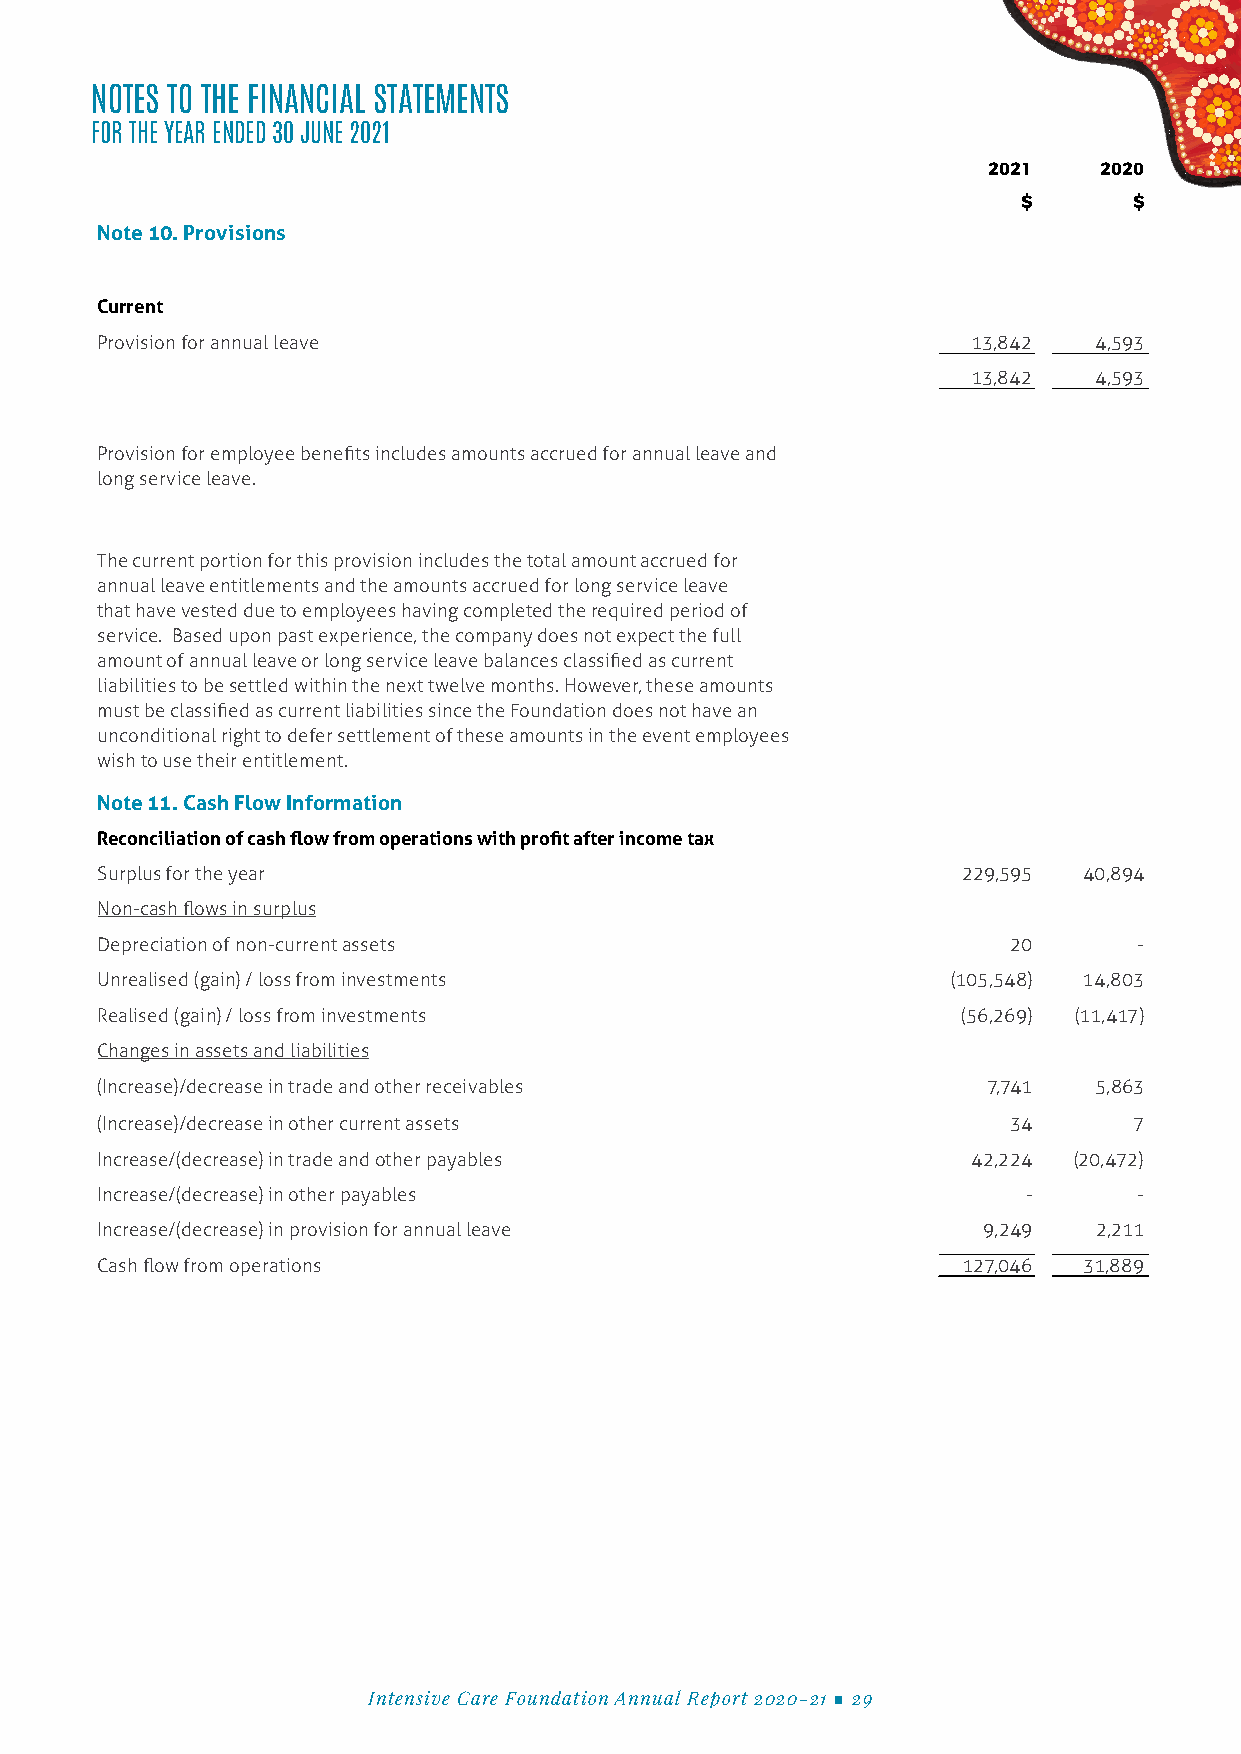
NOTES TO THE FINANCIAL STATEMENTS NOTES TO THE FINANCIAL STATEMENTS
 FOR THE YEAR ENDED 30 JUNE 2021 FOR THE YEAR ENDED 30 JUNE 2021
 2021    2020
 $      $
 Note 10. Provisions
 Current
 Provision for annual leave                                13,842  4,593
 13,842  4,593
 Provision for employee benefits includes amounts accrued for annual leave and
 long service leave.
 The current portion for this provision includes the total amount accrued for
 annual leave entitlements and the amounts accrued for long service leave
 that have vested due to employees having completed the required period of
 service. Based upon past experience, the company does not expect the full
 amount of annual leave or long service leave balances classified as current
 liabilities to be settled within the next twelve months. However, these amounts
 must be classified as current liabilities since the Foundation does not have an
 unconditional right to defer settlement of these amounts in the event employees
 wish to use their entitlement.
 Note 11. Cash Flow Information
 Reconciliation of cash flow from operations with profit after income tax
 Surplus for the year                                      229,595 40,894
 Non-cash flows in surplus
 Depreciation of non-current assets                           20      -
 Unrealised (gain) / loss from investments                (105,548) 14,803
 Realised (gain) / loss from investments                   (56,269) (11,417)
 Changes in assets and liabilities
 (Increase)/decrease in trade and other receivables         7,741  5,863
 (Increase)/decrease in other current assets                  34      7
 Increase/(decrease) in trade and other payables           42,224 (20,472)
 Increase/(decrease) in other payables                         -      -
 Increase/(decrease) in provision for annual leave          9,249   2,211
 Cash flow from operations                                 127,046 31,889
 Intensive Care Foundation Annual Report 2020-21 ■ 29